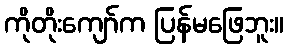
ကိုတိုးကျော်က ပြန်မဖြေဘူး။